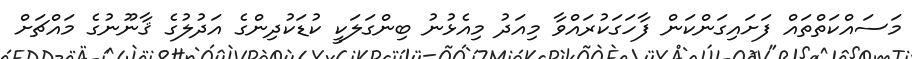
މަސައްކަތްތައް ފަށައިގަންކަން ފާހަގަކުރައްވާ މިއަދު މިއެޅުނު ބިންގަލަކީ ކުޑަކުދިންގެ އަދުލުގެ ޤާނޫނުގެ މައްޗަށް